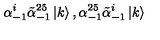
\alpha _ { - 1 } ^ { i } \tilde { \alpha } _ { - 1 } ^ { 2 5 } \left| k \right> , \alpha _ { - 1 } ^ { 2 5 } \tilde { \alpha } _ { - 1 } ^ { i } \left| k \right>